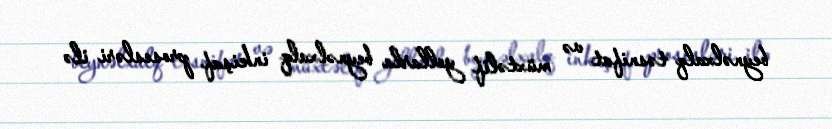
beynəlxalq təsnifat və müxtəlif yollarla beynəlxalq inkişaf prosesləri ilə